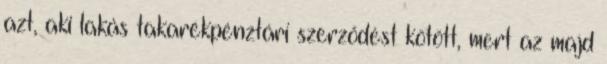
azt, aki lakás takarékpénztári szerződést kötött, mert az majd